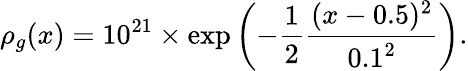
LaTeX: \rho_{g}(x)=10^{21}\times\exp\left(-\frac{1}{2}\frac{(x-0.5)^{2}}{0.1^{2}}\right).